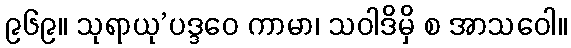
၉၆၉။ သုရာယု’ပဒ္ဒဝေ ကာမာ၊ သဝါဒိမှိ စ အာသဝေါ။